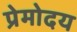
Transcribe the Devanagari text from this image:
प्रेमोदय